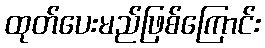
ထုတ်ပေးမည်ဖြစ်ကြောင်း